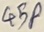
Text: 45P